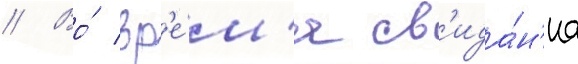
// Во́ вр'е́м'я св'ида́н'иа